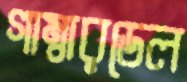
গাম্বারডেল